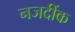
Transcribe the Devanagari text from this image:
नजदींक